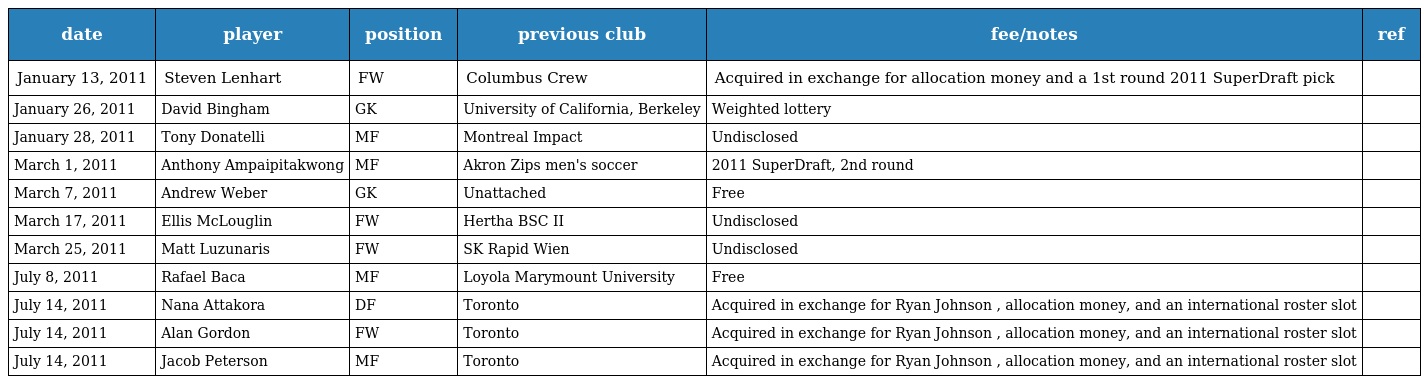
| date | player | position | previous club | fee/notes | ref |
 | --- | --- | --- | --- | --- | --- |
 | January 13, 2011 | Steven Lenhart | FW | Columbus Crew | Acquired in exchange for allocation money and a 1st round 2011 SuperDraft pick |  |
 | January 26, 2011 | David Bingham | GK | University of California, Berkeley | Weighted lottery |  |
 | January 28, 2011 | Tony Donatelli | MF | Montreal Impact | Undisclosed |  |
 | March 1, 2011 | Anthony Ampaipitakwong | MF | Akron Zips men's soccer | 2011 SuperDraft, 2nd round |  |
 | March 7, 2011 | Andrew Weber | GK | Unattached | Free |  |
 | March 17, 2011 | Ellis McLouglin | FW | Hertha BSC II | Undisclosed |  |
 | March 25, 2011 | Matt Luzunaris | FW | SK Rapid Wien | Undisclosed |  |
 | July 8, 2011 | Rafael Baca | MF | Loyola Marymount University | Free |  |
 | July 14, 2011 | Nana Attakora | DF | Toronto | Acquired in exchange for Ryan Johnson , allocation money, and an international roster slot |  |
 | July 14, 2011 | Alan Gordon | FW | Toronto | Acquired in exchange for Ryan Johnson , allocation money, and an international roster slot |  |
 | July 14, 2011 | Jacob Peterson | MF | Toronto | Acquired in exchange for Ryan Johnson , allocation money, and an international roster slot |  |